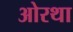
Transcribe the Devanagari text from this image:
ओरथा